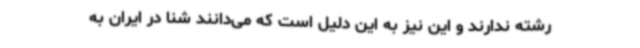
رشته ندارند و این نیز به این دلیل است که می‌دانند شنا در ایران به